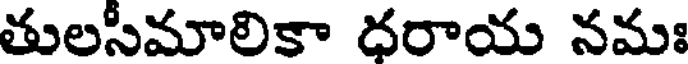
తులసీమాలికా ధరాయ నమః